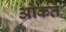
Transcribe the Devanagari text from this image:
ओकते